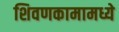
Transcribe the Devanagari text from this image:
शिवणकामामध्ये